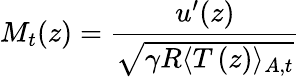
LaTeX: M_{t}(z)=\frac{u^{\prime}(z)}{\sqrt{\gamma R\langle T\left(z\right)\rangle_{A,t}}}